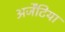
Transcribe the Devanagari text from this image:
अर्जेंटिया